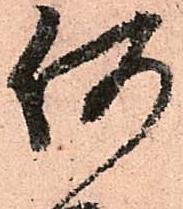
何